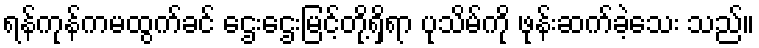
ရန်ကုန်ကမထွက်ခင် ဌေးဌေးမြင့်တို့ရှိရာ ပုသိမ်ကို ဖုန်းဆက်ခဲ့သေး သည်။